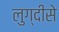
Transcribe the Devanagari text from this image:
लुग्दीसे